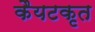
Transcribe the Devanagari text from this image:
कैयटकृत